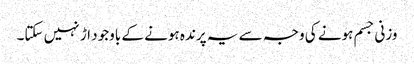
وزنی جسم ہونے کی وجہ سے یہ پرندہ ہونے کے باوجود اڑ نہیں سکتا۔